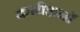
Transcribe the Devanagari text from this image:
कमीशनों